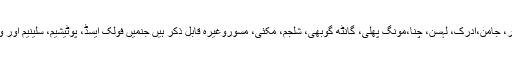
اس گروپ کی سبزیوں اور پھلوں میں کیلا، کھجور،سفید گاجر، جامن،ادرک، لہسن، چنا،مونگ پھلی، گانٹھ گوبھی، شلجم، مکئی، مسوروغیرہ قابل ذکر ہیں جنمیں فولک ایسڈ، پوٹیشیم، سلینیم اور وٹامن سی جیسے کار آمد اور نفع بخش اجزاء پائے جاتے ہیں۔